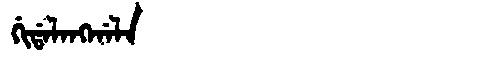
Manchu: ᡤᡳᡩᠠᠯᠠᠩᡤᠠᠯᠠ
Romanization: GIDALANGGALA